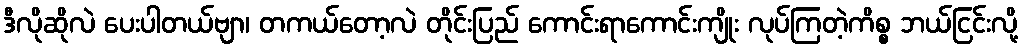
ဒီလိုဆိုလဲ ပေးပါတယ်ဗျာ၊ တကယ်တော့လဲ တိုင်းပြည် ကောင်းရာကောင်းကျိုး လုပ်ကြတဲ့ကိစ္စ ဘယ်ငြင်းလို့